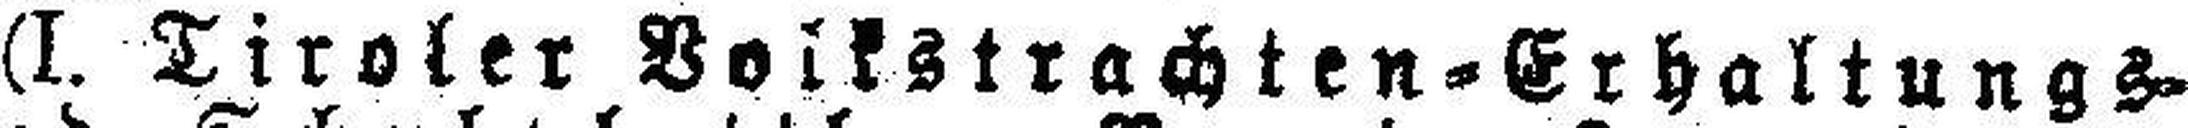
(I. Tiroler Volkstrachten=Erhaltungs=